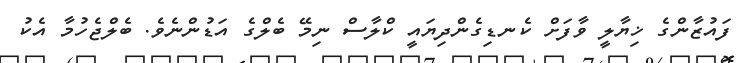
ފައުޒާންގެ ޚިޔާލީ ވާފަށް ކެނޑިގެންދިޔައީ ކްލާސް ނިމޭ ބެލްގެ އަޑުންނެވެ. ބެލްޖެހުމާ އެކު